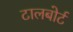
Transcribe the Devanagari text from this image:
टालबोर्ट